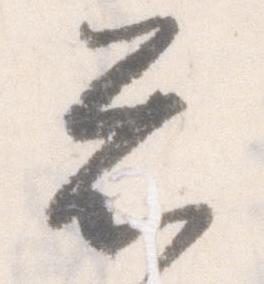
忩